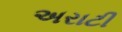
અરાટી